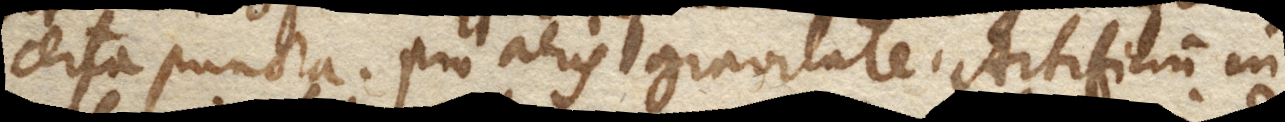
certa puncta. Pro aeris gravitate, Artificium in